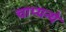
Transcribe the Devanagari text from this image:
चाप्यन्ये